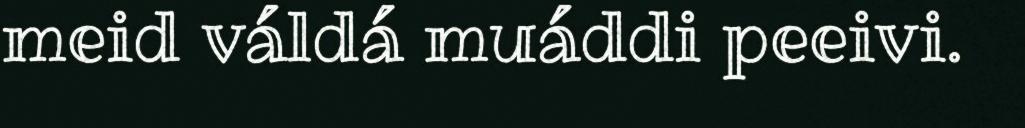
meid váldá muáddi peeivi.